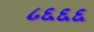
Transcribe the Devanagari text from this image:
८६६६